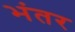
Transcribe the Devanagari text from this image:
भंतर